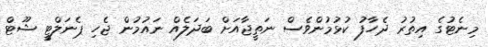
މިނެޓުގެ އިތުރު ދެހާފު ކުޅުމުންވެސް ނަތީޖާއަށް ބަދަލެއް ނައުމުން ޖެހި ޕެނަލްޓީ ޝޫޓް